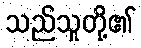
သည်သူတို့၏